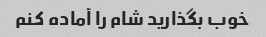
خوب بگذارید شام را آماده کنم